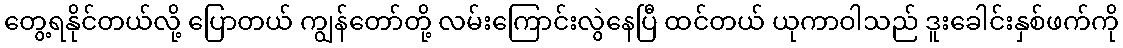
တွေ့ရနိုင်တယ်လို့ ပြောတယ် ကျွန်တော်တို့ လမ်းကြောင်းလွဲနေပြီ ထင်တယ် ယုကာဝါသည် ဒူးခေါင်းနှစ်ဖက်ကို